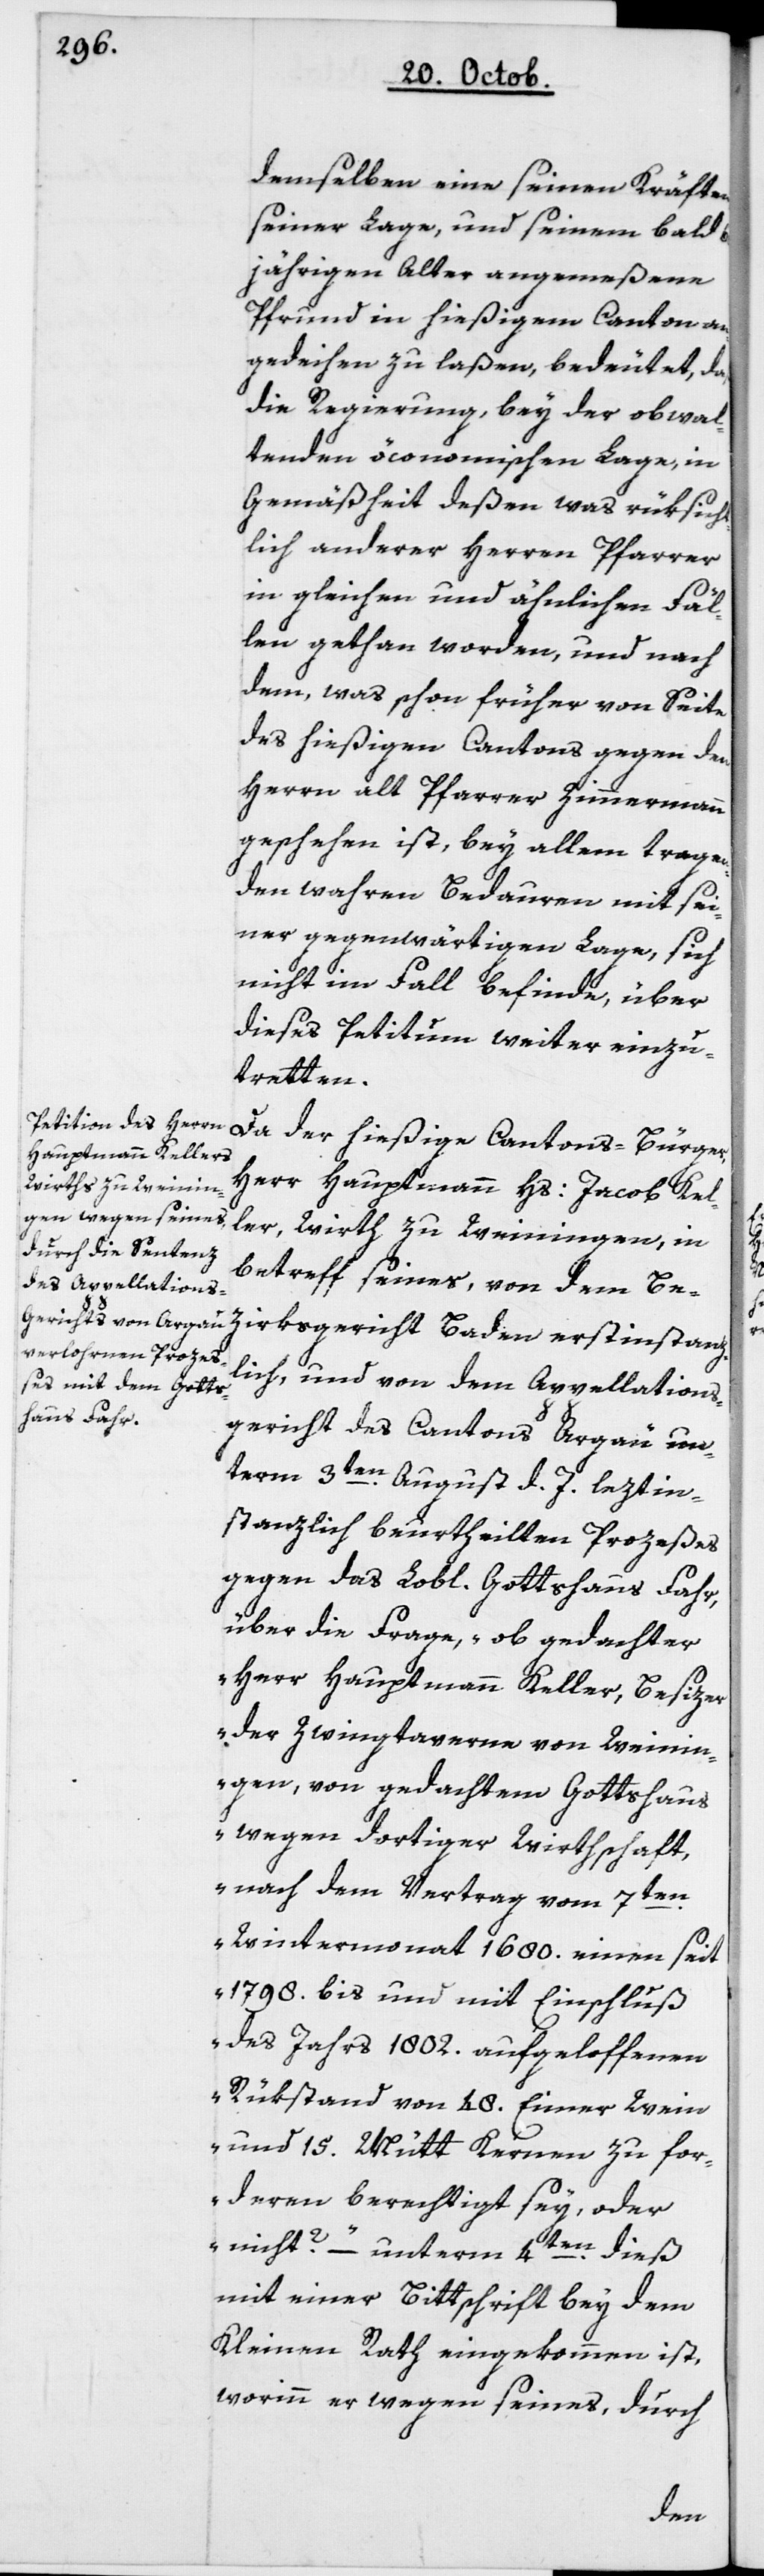
demselben eine seinen Kräften,
seiner Lage und seinem bald
60jährigen Alter angemeßene
Pfrund in hießigem Canton an¬
gedeihen zu laßen, bedeutet, daß
die Regierung, bey der obwal¬
tenden öconomischen Lage, in
Gemäßheit deßen was rüksicht¬
lich anderer Herren Pfarrer
in gleichen und ähnlichen Fäl¬
len gethan worden, und nach
dem, was schon früher von Seite
des hießigen Cantons gegen den
Herrn alt Pfarrer Zimmermann
geschehen ist, bey allem tragen¬
den wahren Bedauern mit sei¬
ner gegenwärtigen Lage, sich
nicht im Fall befinde, über
dieses Petitum weiter einzu¬
tretten.
Da der hießige Cantonsbürger,
Herr Hauptmann Hs. Jacob Kel¬
ler, Wirth zu Weiningen, in
Betreff seines, von dem
lich und von dem Appellations¬
gericht des Cantons Argau un¬
term 3ten August d. J. leztin¬
stanzlich beurtheilten Prozeßes
gegen das Lobl. Gottshaus Fahr,
über die Frage, „ob gedachter
Herr Hauptmann Keller, Besizer
der Zwingtaverne von Weinin¬
gen, von gedachtem Gottshaus
wegen dortiger Wirthschaft,
nach dem Vertrag vom 7ten
Wintermonat 1680 einen seit
1798 bis und mit Einschluß
des Jahrs 1802 aufgeloffenen
Rükstand von 48 Eimer Wein
und 15 Mütt Kernen zu for¬
deren berechtigt sey, oder
nicht?“ – unterm 4ten dieß
mit einer Bittschrift bey dem
Kleinen Rath eingekommen ist,
worinn er wegen seines, durch
stanz¬